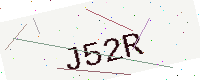
Text: J52R